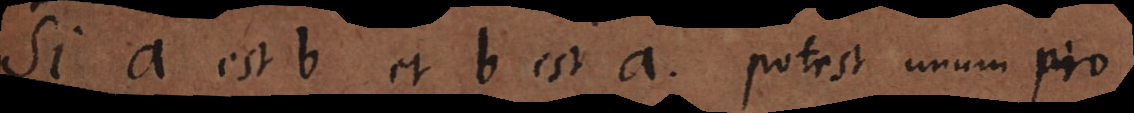
Si a est b et b est a, potest unum pro